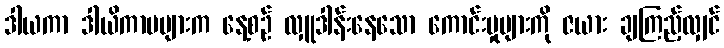
ဒါယကာ ဒါယိကာမများက နေ့စဉ် လှူဒါန်းနေသော ကောင်းမှုများကို ဇယား ချကြည့်လျှင်